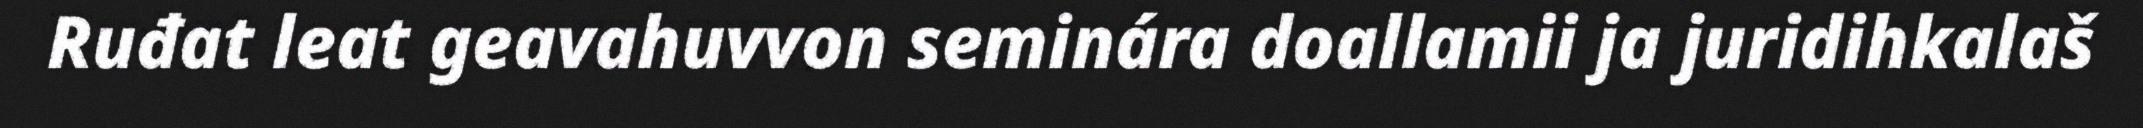
Ruđat leat geavahuvvon seminára doallamii ja juridihkalaš